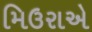
મિઉરાએ